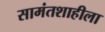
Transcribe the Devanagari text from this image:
सामंतशाहीला